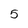
Character: 5